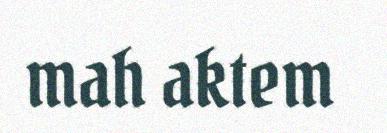
mah aktem